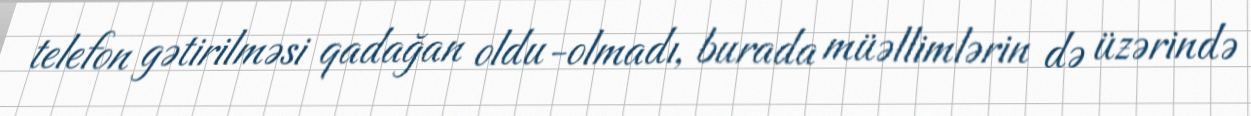
telefon gətirilməsi qadağan oldu-olmadı, burada müəllimlərin də üzərində